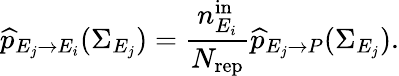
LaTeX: \widehat{p}_{E_{j}\rightarrow E_{i}}(\Sigma_{E_{j}})=\frac{n_{E_{i}}^{\mathrm{in}}}{N_{\mathrm{rep}}}\widehat{p}_{E_{j}\rightarrow P}(\Sigma_{E_{j}}).